Investigations into the jail dietaries of the United Provinces with some observations on the influence of dietary on the physical development and well-being of the people of the United Provinces - Number 48
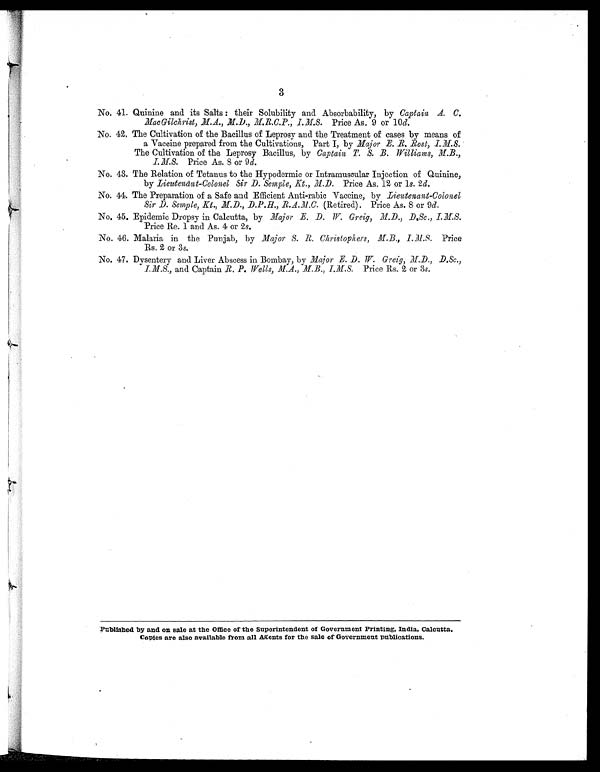
3
No. 41. Quinine and its Salts : their Solubility and Absorbability, by Captain A. C.
MacGilchrist, M.A., M.D., M.R.C.P., 1.M.S. Price As. 9 or 10 d.
No. 42. The Cultivation of the Bacillus of Leprosy and the Treatment of cases by means of
a Vaccine prepared from the Cultivations, Part I, by Major E. R. Rost, I.M.S.
The Cultivation of the Leprosy Bacillus, by Captain T. S. B. Williams, M.B.,
Price As. 8 or 9 d.
No. 43. The Relation of Tetanus to the Hypodermic or Intramuscular Injection of Quinine,
by Lieutenant-Colonel Sir D. Semple, Kt., M.D. Price As. 12 or 1s. 2d.
No. 44. The Preparation of a Safe and Efficient Anti-rabic Vaccine, by Lieutenant-Colonel
Sir D. Semple, Kt., M.D.,.D.P.H., R.A.M.C. (Retired). Price As. 8 or 9 d.
No, 45. Epidemic Dropsy in Calcutta, by Major E. D. W. Greig, M.D., D.Sc., 1.M.S.
Price Re. 1 and As. 4 or 2 s.
No. 46. Malaria in the Punjab, by Major S. R. Christophers, M.B., I.M.S. Price
Rs. 2 or 3 s.
No. 47. Dysentery and Liver Abscess in Bombay, by Major E. D. W. Greig, M.D., D.Sc.,
I.M.S., and Captain R. P. Wells, M.A., M.B., I.M.S Price Rs. 2 or 3s.
Published by and on sale at the Office of the Superintendent of Government Printing, India, Calcutta.
Copies are also available from all Agents for the sale of Government publications.